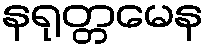
နရုတ္တမေန